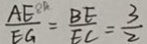
\frac { A E ^ { 8 R } } { E G } = \frac { B E } { E C } = \frac { 3 } { 2 }